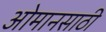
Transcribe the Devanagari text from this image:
ओमानसाठी